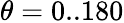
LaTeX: \theta=0..180